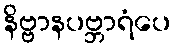
နိဗ္ဗာနပဗ္ဘာရံပေ